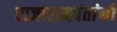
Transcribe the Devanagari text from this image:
राजारामपंतांनी